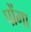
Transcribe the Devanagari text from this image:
पोंगा